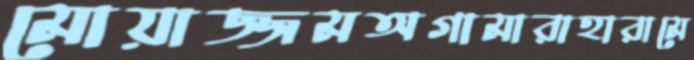
মোয়াজ্জমঅগামারাহারামে